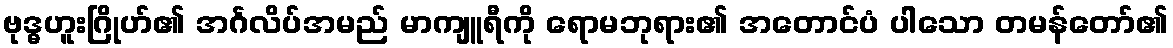
ဗုဒ္ဓဟူးဂြိုဟ်၏ အင်္ဂလိပ်အမည် မာကျူရီကို ရောမဘုရား၏ အတောင်ပံ ပါသော တမန်တော်၏